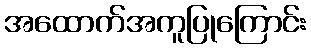
အထောက်အကူပြုကြောင်း